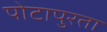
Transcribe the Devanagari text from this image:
पोटापुरता